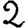
Digit: 2